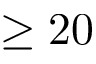
\ge 2 0